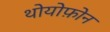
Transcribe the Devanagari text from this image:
थोयोफ़ोन